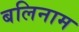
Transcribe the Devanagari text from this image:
बलिनाम